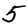
Digit: 5